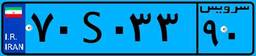
۶۲S۷۹۷۳۲